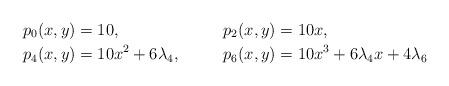
LaTeX: \begin{align*} &p_0(x,y) = 10,& &p_2(x,y) = 10 x,&\\ &p_4(x,y) = 10 x^2 + 6\lambda_4,& &p_6(x,y) = 10 x^3 + 6\lambda_4 x + 4\lambda_6&\end{align*}